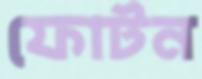
ফোটন